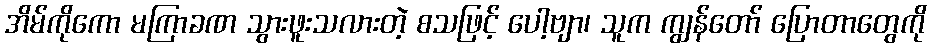
အိမ်ကိုကော မကြာခဏ သွားဖူးသလားတဲ့ စသဖြင့် ပေါ့ဗျာ၊ သူက ကျွန်တော် ပြောတာတွေကို